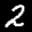
Label: 2